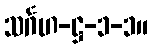
သင်္ဂဟ-ဋ္ဌ-၁-၁။